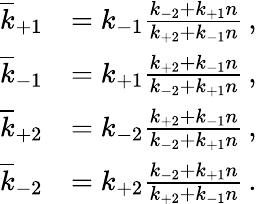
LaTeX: \begin{array}{rl}{\overline{{k}}_{+1}}&{=k_{-1}\frac{k_{-2}+k_{+1}n}{k_{+2}+k_{-1}n}\, ,}\\ {\overline{{k}}_{-1}}&{=k_{+1}\frac{k_{+2}+k_{-1}n}{k_{-2}+k_{+1}n}\, ,}\\ {\overline{{k}}_{+2}}&{=k_{-2}\frac{k_{+2}+k_{-1}n}{k_{-2}+k_{+1}n}\, ,}\\ {\overline{{k}}_{-2}}&{=k_{+2}\frac{k_{-2}+k_{+1}n}{k_{+2}+k_{-1}n}\, .}\end{array}